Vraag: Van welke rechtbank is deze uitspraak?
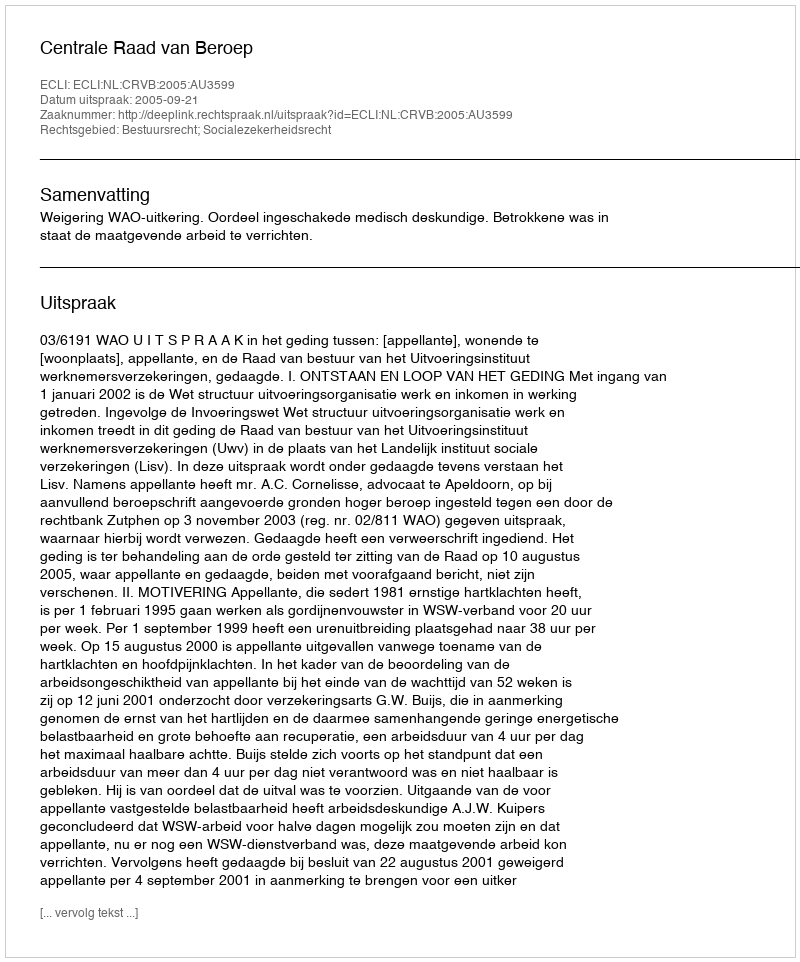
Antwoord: Centrale Raad van Beroep